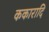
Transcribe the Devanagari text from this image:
ककारादि